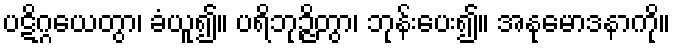
ပဋိဂ္ဂယေတွာ၊ ခံယူ၍။ ပရိဘုဉ္ဇိတွာ၊ ဘုန်းပေး၍။ အနုမောဒနာကို။